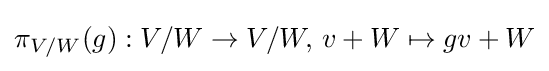
\pi _{V/W}(g):V/W\to V/W,\,v+W\mapsto gv+W